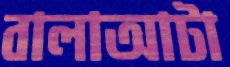
বালাআটা